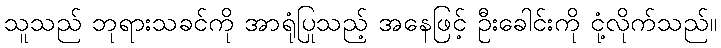
သူသည် ဘုရားသခင်ကို အာရုံပြုသည့် အနေဖြင့် ဦးခေါင်းကို ငုံ့လိုက်သည်။